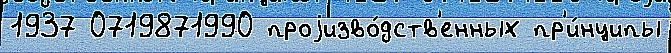
1937 0719871990 проjизво́дств'енных пр'и́нципы